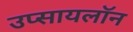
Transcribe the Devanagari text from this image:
उप्सायलॉन